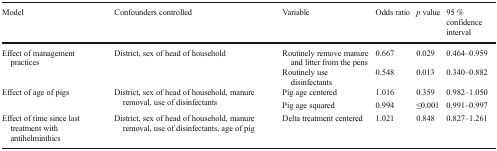
<table><thead><tr><td><b>Model</b></td><td><b>Confounders controlled</b></td><td><b>Variable</b></td><td><b>Odds ratio</b></td><td><b><i>p</i> value</b></td><td><b>95 % confidence interval</b></td></tr></thead><tbody><tr><td rowspan="2">Effect of management practices</td><td rowspan="2">District, sex of head of household</td><td>Routinely remove manure and litter from the pens</td><td>0.667</td><td>0.029</td><td>0.464–0.959</td></tr><tr><td>Routinely use disinfectants</td><td>0.548</td><td>0.013</td><td>0.340–0.882</td></tr><tr><td rowspan="2">Effect of age of pigs</td><td rowspan="2">District, sex of head of household, manure removal, use of disinfectants</td><td>Pig age centered</td><td>1.016</td><td>0.359</td><td>0.982–1.050</td></tr><tr><td>Pig age squared</td><td>0.994</td><td>≤0.001</td><td>0.991–0.997</td></tr><tr><td>Effect of time since last treatment with antihelminthics</td><td>District, sex of head of household, manure removal, use of disinfectants, age of pig</td><td>Delta treatment centered</td><td>1.021</td><td>0.848</td><td>0.827–1.261</td></tr></tbody></table>